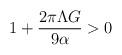
LaTeX: \begin{align*}1+\frac{2\pi \Lambda G}{9\alpha }>0 \end{align*}